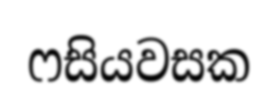
ෆසියවසක